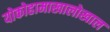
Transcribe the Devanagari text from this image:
योकोहामाखालोखाल